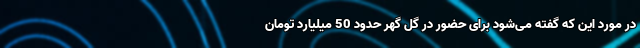
در مورد این که گفته می‌شود برای حضور در گل گهر حدود 50 میلیارد تومان